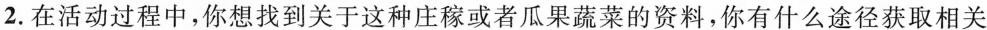
2.在活动过程中，你想找到关于这种庄稼或者瓜果蔬菜的资料，你有什么途径获取相关